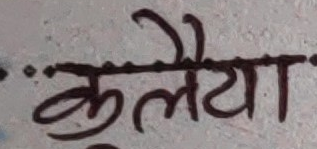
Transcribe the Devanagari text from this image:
कुलैया